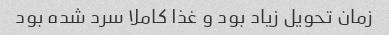
زمان تحویل زیاد بود و غذا کاملا سرد شده بود